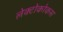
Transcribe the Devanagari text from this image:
लेक्टोकोकस